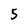
Character: 5